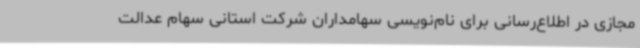
مجازی در اطلاع‌رسانی برای نام‌نویسی سهامداران شرکت استانی سهام عدالت